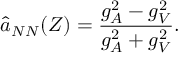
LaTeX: \hat { a } _ { N N } ( Z ) = \frac { g _ { A } ^ { 2 } - g _ { V } ^ { 2 } } { g _ { A } ^ { 2 } + g _ { V } ^ { 2 } } .